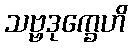
သဗ္ဗဒုက္ခေဟိ